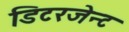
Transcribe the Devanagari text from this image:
डिटरजेन्ट